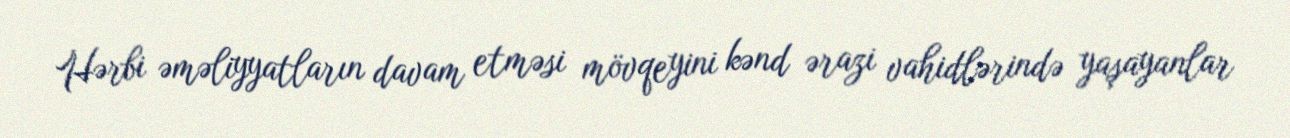
Hərbi əməliyyatların davam etməsi mövqeyini kənd ərazi vahidlərində yaşayanlar